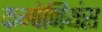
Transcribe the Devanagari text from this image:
कम्पेनियंस